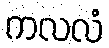
ကလလံ